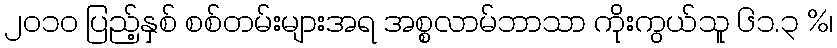
၂၀၁၀ ပြည့်နှစ် စစ်တမ်းများအရ အစ္စလာမ်ဘာသာ ကိုးကွယ်သူ ၆၁.၃ %၊